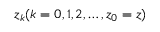
z _ { k } ( k = 0 , 1 , 2 , \dots , z _ { 0 } = z )